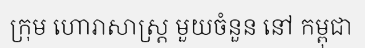
ក្រុម ហោរាសាស្ត្រ មួយចំនួន នៅ កម្ពុជា